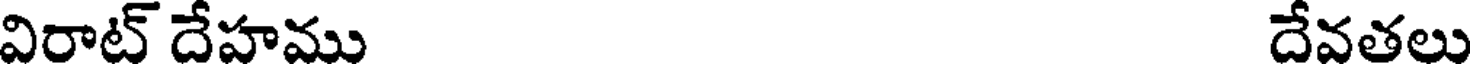
విరాట్ దేహము దేవతలు